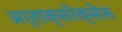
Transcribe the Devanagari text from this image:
अर्ताक्सरेक्सेस